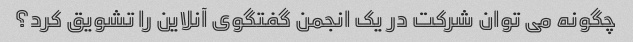
چگونه می توان شرکت در یک انجمن گفتگوی آنلاین را تشویق کرد؟